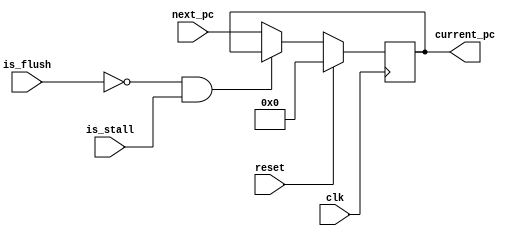
module PC(input	reset,
          input clk,
          input is_flush,
          input is_stall,
          input [31:0] next_pc, // next pc state
          output reg [31:0] current_pc); // current pc state
    
    // Todo
    // update PC at every clock cycle
    // Initialize current pc state
    always @(posedge clk) begin
        // Reset current_pc
        if (reset) begin
            current_pc <= 0;
        end
        else if(!is_flush && is_stall) begin
            current_pc <= current_pc;
        end
        else begin
            current_pc <= next_pc;
        end
    end
endmodule